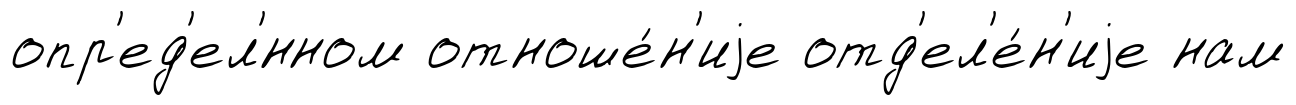
опр'ед'ел'́нном отноше́н'иjе отд'ел'е́н'иjе нам